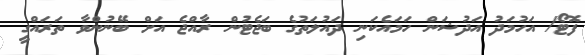
ފޮޓޯ/ އަހުމަދު އަދުޝަން ހަމައެކަނި ދައުލަތުގެ ބަޖެޓުން ރާއްޖެ އަށް ބޭނުންވާ ތަރައްގީ